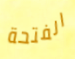
الفتحة